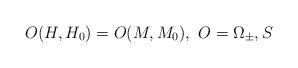
LaTeX: \begin{align*}O(H,H_{0})=O(M,M_{0}),\,\,O=\Omega_{\pm},S\end{align*}